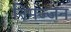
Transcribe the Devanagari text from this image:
निमज्‍जन